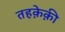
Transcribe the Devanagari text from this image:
तहक़ेक़ी